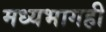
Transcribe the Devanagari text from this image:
मध्यभागही